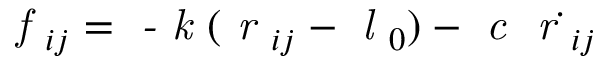
\textit { f } _ { i j } = \textit { - k } ( \textit { r } _ { i j } - \textit { l } _ { 0 } ) - \textit { c } \dot { \textit { r } _ { i j } }